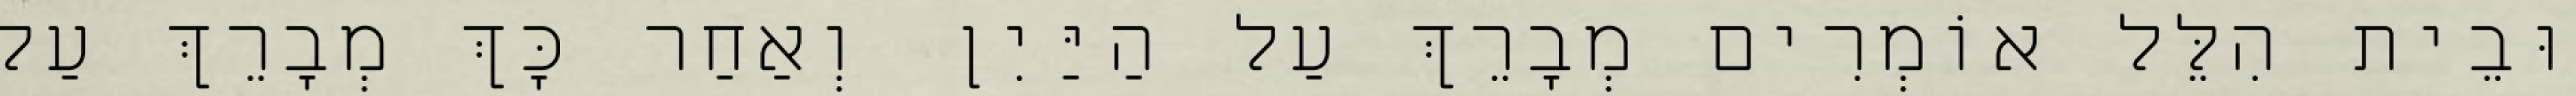
וּבֵית הִלֵּל אוֹמְרִים מְבָרֵךְ עַל הַיַּיִן וְאַחַר כָּךְ מְבָרֵךְ עַל